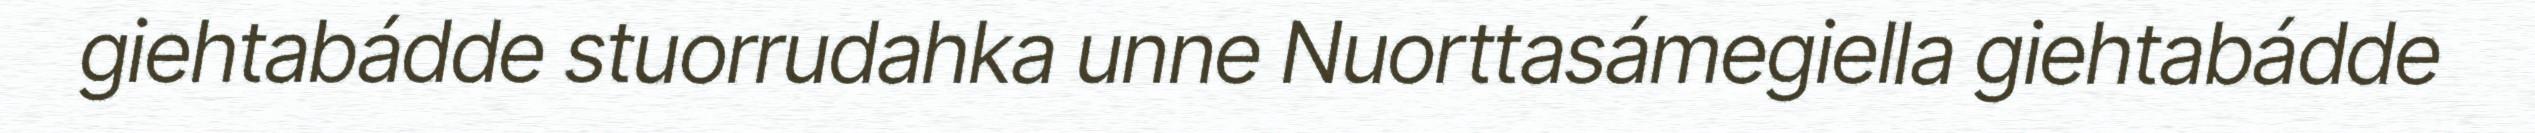
giehtabádde stuorrudahka unne Nuorttasámegiella giehtabádde